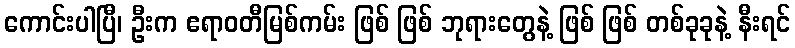
ကောင်းပါပြီ၊ ဦးက ဧရာဝတီမြစ်ကမ်း ဖြစ် ဖြစ် ဘုရားတွေနဲ့ ဖြစ် ဖြစ် တစ်ခုခုနဲ့ နီးရင်